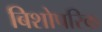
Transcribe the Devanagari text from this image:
बिशोपरिक